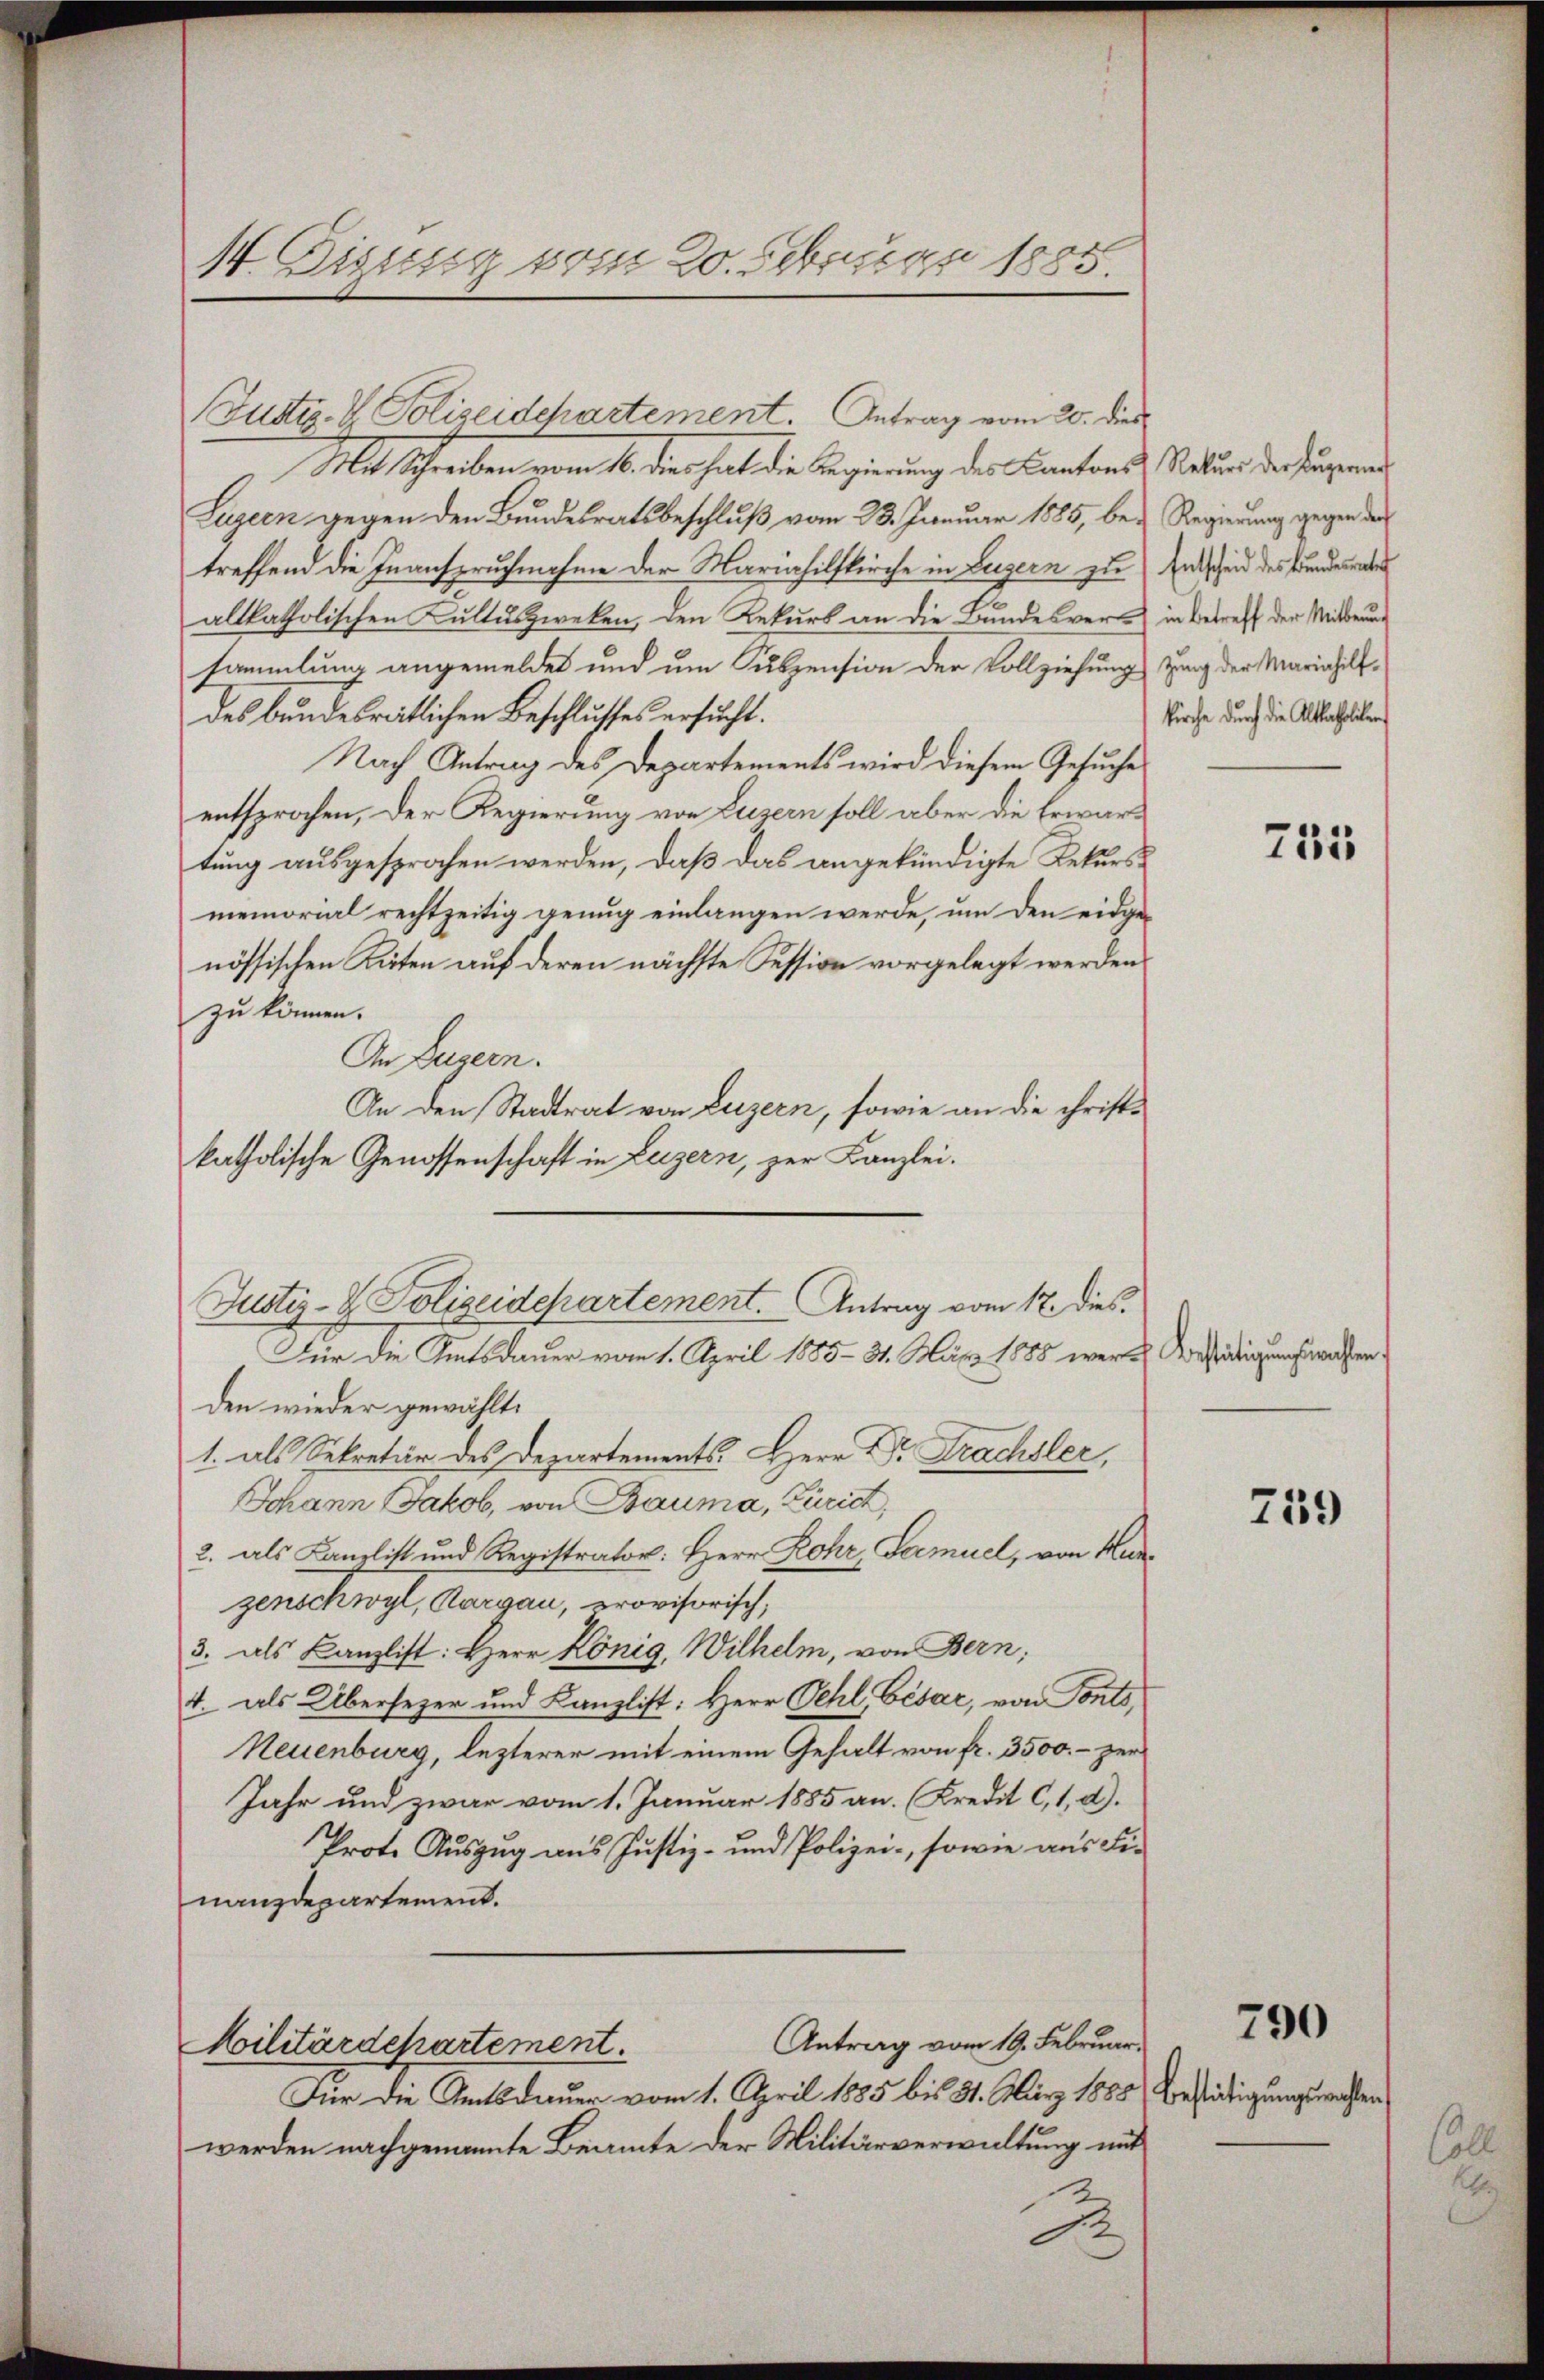
14. Digusig vom 20. Februar 1885.

(Justiz- & Polizeidepartement. Antrag vom 20. dies
Mit Schreiben vom 16. dies hat die Regierung des Kantons Natur der ungend
Luzern gegen den Bundesratsbeschluß vom 23. Januar 1885, bei Regierung gegen der
treffend die Inanspruchnahme der Mariahilfkirche in Luzern zu Entscheid des Bundesraten
altkatholischen Kultuszweken, den Rekurs an die Bundesver
sammlung angemeldet und um Suspension der Vollziehung
des bundesrätlichen Beschlusses ersucht.
Nach Antrag des Departements wird diesem Gesuche
entsprochen, der Regierung von Luzern soll aber die Erwartung ausgesprochen werden, daß das angekündigte Rekursmemorial rechtzeitig genug einlangen werde, um den eidgenössischen Käten auf deren nächste Session vorgelegt werden
zu können.
An Luzern.
An den Stadtrat von Luzern, sowie an die chriftkatholische Genossenschaft in Luzern, zur Kanzlei.
Für die Amtsdauer vom 1. April 1885 - 31. März 1888 werde Aestätigungswahlenden wieder gewählt.
1. als Sekretär des Departements. Herr Dr. Frachsler,
Johann Jakob, von Bauma, Zürich,
2. als Kanzlist und Registrator: Herr Rohr, Gamuel, von Murzenschwyl, Aargau, provisorisch,
3. als Kanzlist: Herr König, Wilhelm, von Bern,
t. als Übersezer und Kanzlist: Herr Oehl, Fésar, von Tonts,
Neuenburg, lezterer mit einem Gehalt von fr. 3500.- zer
Jahr und zwar vom 1. Januar 1885 an. Kredit C, 1, d.
Prote Auszug aus Justiz- und Polizei-, sowie aus Fi-
nanzdepartement.
Antrag vom 19. Februar.
Militärdepartement.
Für die Amtsdauer vom 1. April 1885 bis 31. März 1888) Bestätigungswahlen
werden nachgenannte Beante der Militärverwaltung mit
J

Justiz- & Polizeidepartement. Antrag vom 17. dies

in Betreff der Mitterung
zung der Mariahilf-
Kirche durch die Altkatholiken

755

739

790

Cal